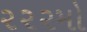
૨૨૨મો